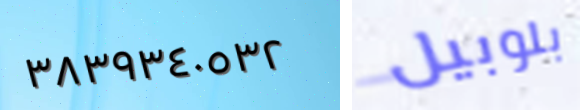
٣٨٣٩٣٤٠٥٣٢ بلوبيل